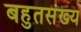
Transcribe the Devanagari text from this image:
बहुतसंख्य